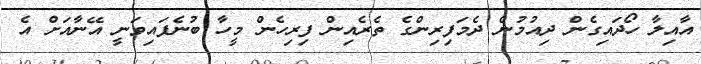
އާއިލާ ހޯދައިގެން ދިއުމުން ދެމަފިރިންގެ ތެރެއިން ފިރިހެން މީހާ ބުނެފައިވަނީ އޭނާއަށް އެ